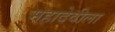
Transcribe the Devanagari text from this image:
महादेवीला